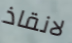
لانقاذ